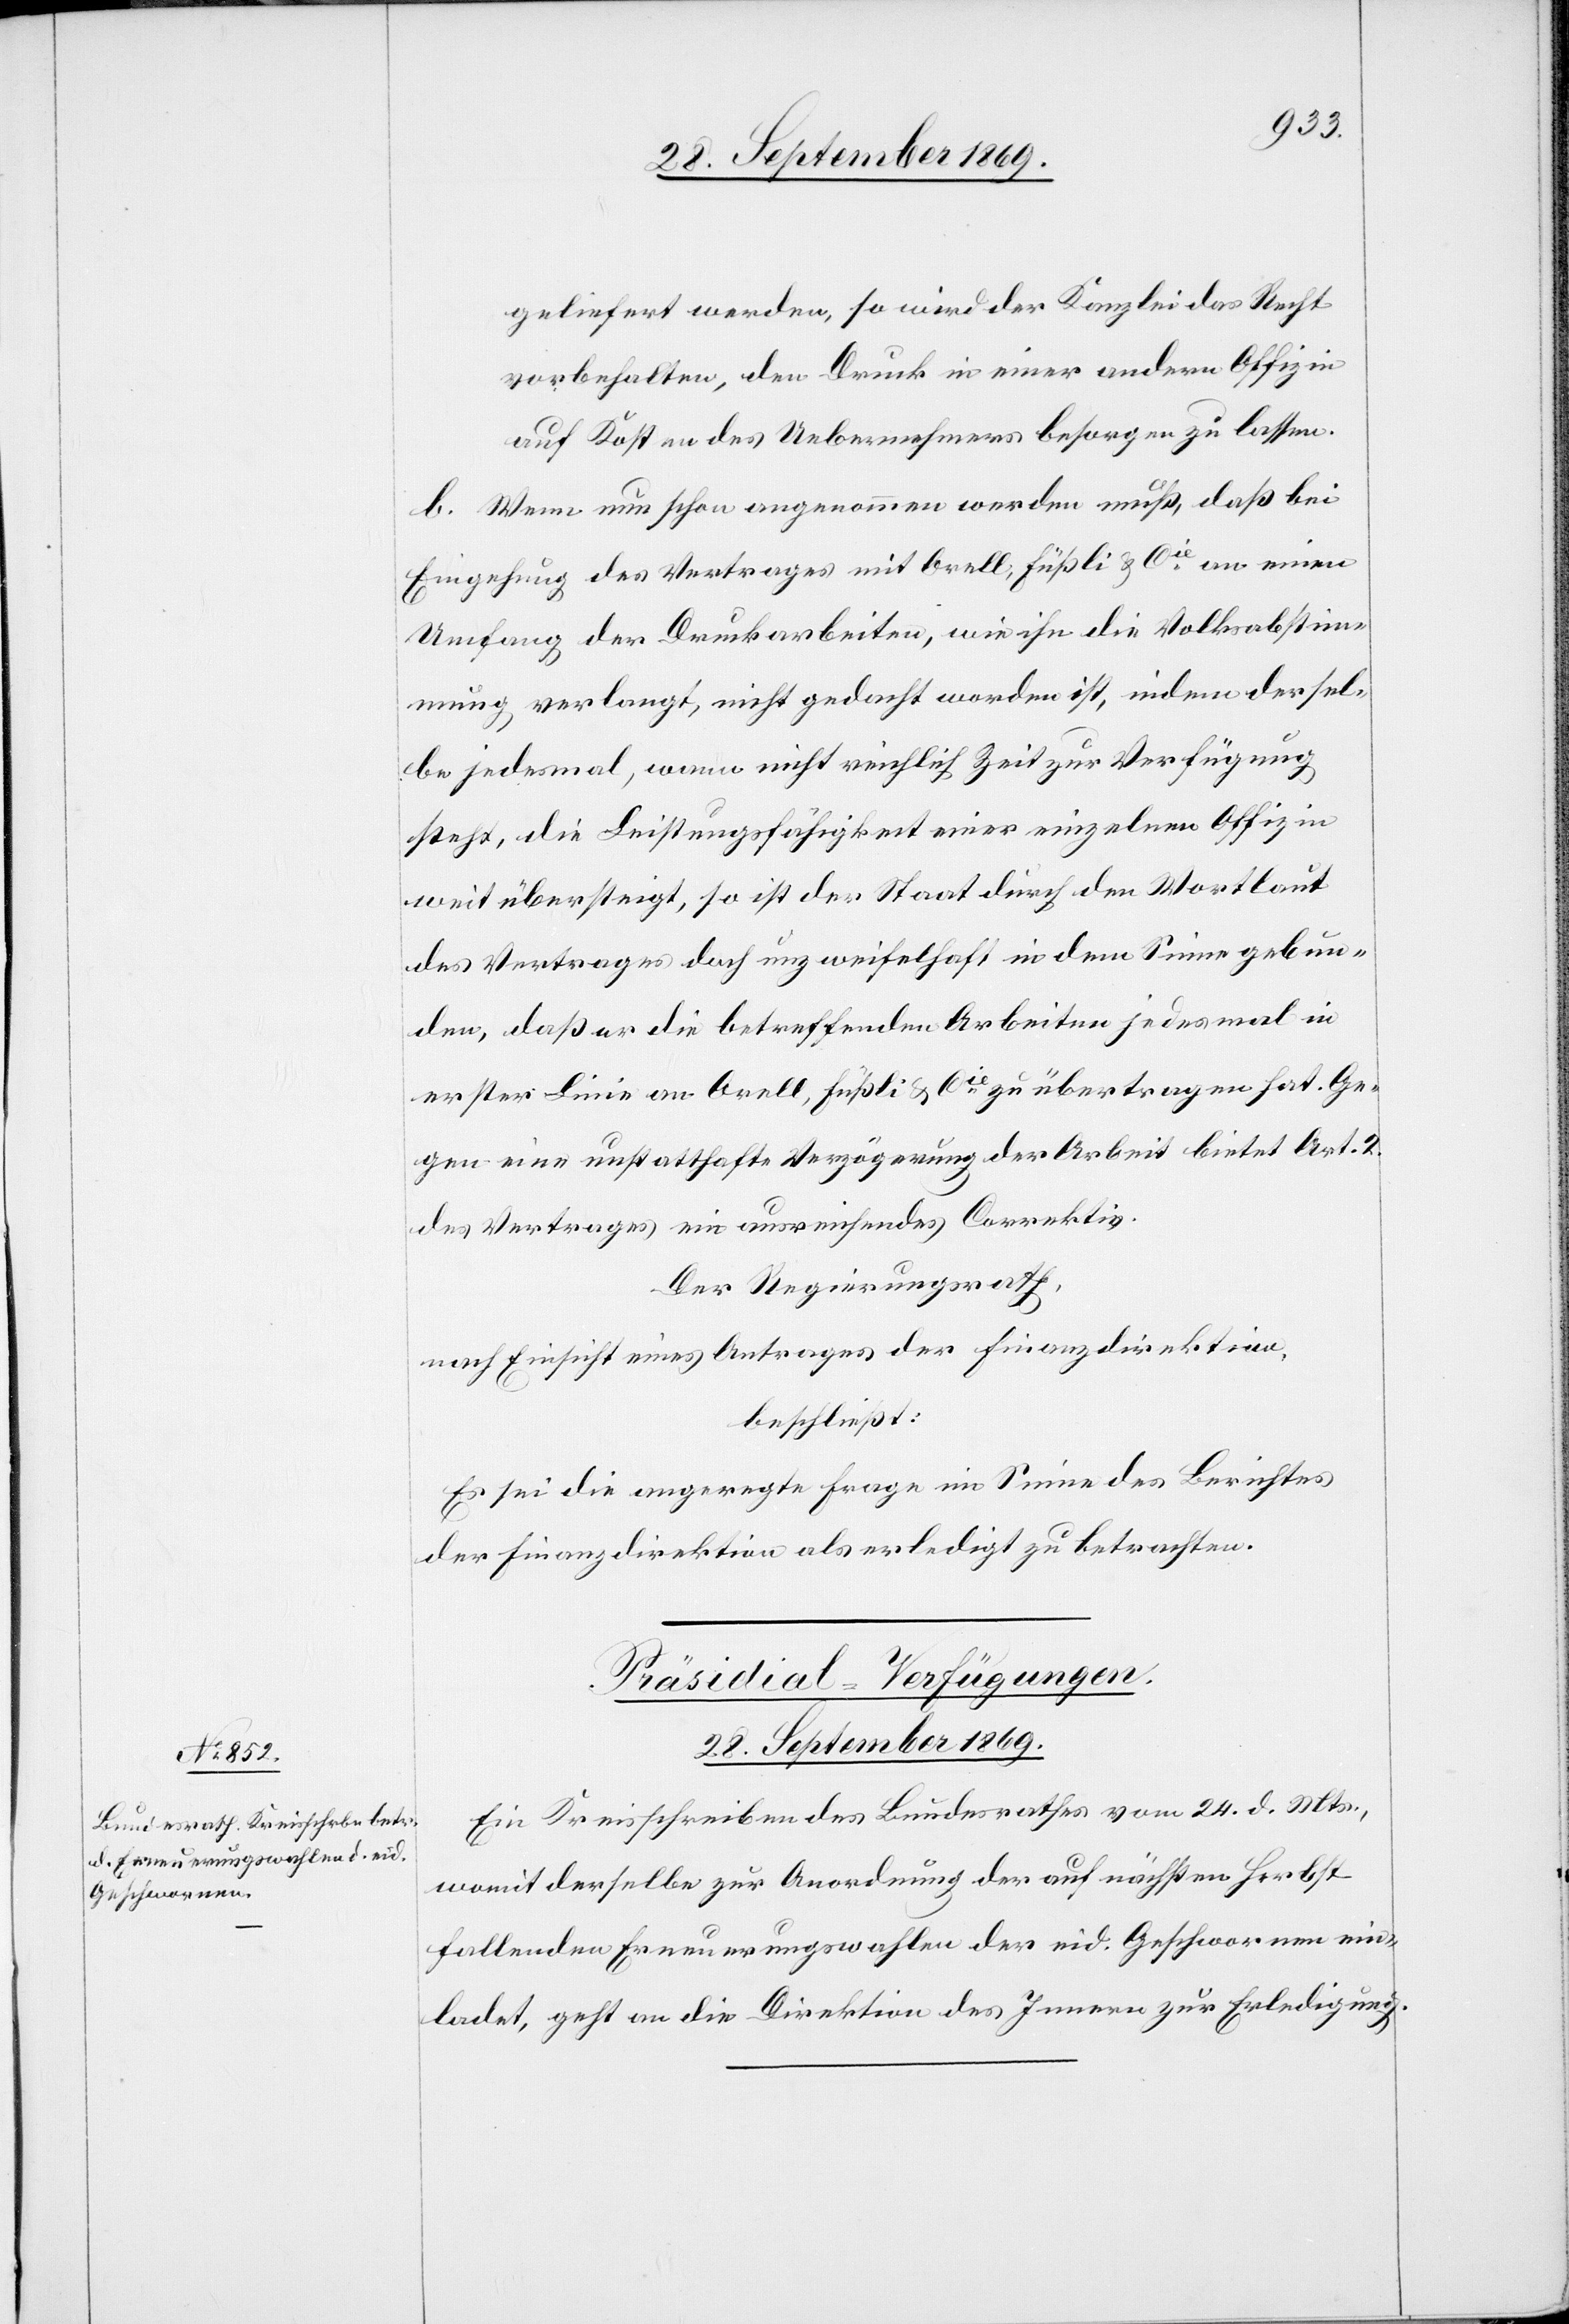
geliefert werden, so wird der Kanzlei das Recht
vorbehalten, den Druck in einer andern Offizin
auf Kosten des Uebernehmers besorgen zu lassen.
b. Wenn nun schon angenommen werden muß, daß bei
Eingehung des Vertrages mit Orell, Füßli & Cie an einen
Umfang der Druckarbeiten, wie ihn die Volksabstim¬
mung verlangt, nicht gedacht worden ist, indem dersel¬
be jedesmal, wann nicht reichlich Zeit zur Verfügung
steht, die Leistungsfähigkeit einer einzelnen Offizin
weit übersteigt, so ist der Staat durch den Wortlaut
des Vertrages doch unzweifelhaft in dem Sinne gebun¬
den, daß er die betreffenden Arbeiten jedesmal in
erster Linie an Orell, Füßli & Cie zu übertragen hat. Ge¬
gen eine unstatthafte Verzögerung der Arbeit bietet Art. 2.
des Vertrages ein ausreichendes Correktiv.
Der Regierungsrath,
nach Einsicht eines Antrages der Finanzdirektion,
beschließt:
Es sei die angeregte Frage im Sinne des Berichtes
der Finanzdirektion als erledigt zu betrachten.
Präsidial-Verfügungen.
28. September 1869.
Ein Kreisschreiben des Bundesrathes vom 24. d. Mts.,
womit derselbe zur Anordnung der auf nächsten Herbst
fallenden Erneuerungswahlen der eid. Geschwornen ein¬
ladet, geht an die Direktion des Innern zur Erledigung.